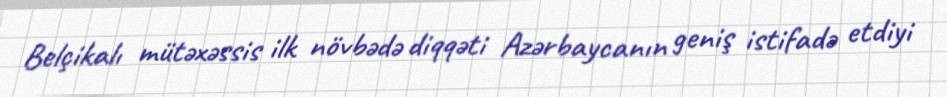
Belçikalı mütəxəssis ilk növbədə diqqəti Azərbaycanın geniş istifadə etdiyi